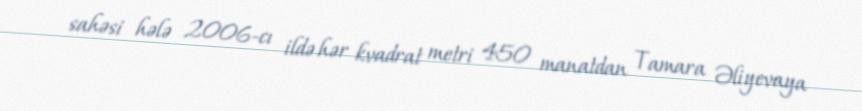
sahəsi hələ 2006-cı ildə hər kvadrat metri 450 manatdan Tamara Əliyevaya